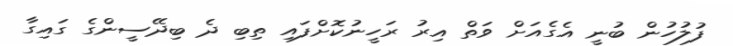
ފުލުހުން ބުނީ އެގެއަށް ވަތް އިރު ރަހީނުކޮށްފައި ތިބި ދެ ބިދޭސީންގެ ގައިގާ